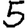
Digit: 5